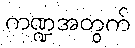
ကဏ္ဍအတွက်